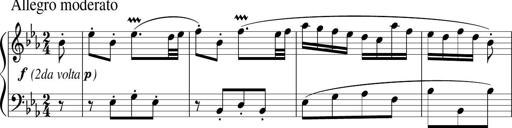
Title: 12 Keyboard Sonatinas
Composer: James Hook